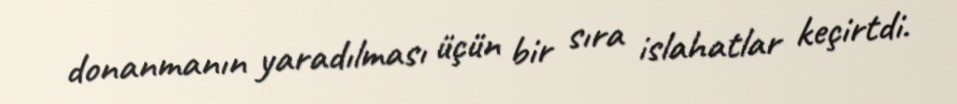
donanmanın yaradılması üçün bir sıra islahatlar keçirtdi.